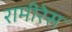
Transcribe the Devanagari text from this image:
रामीरेस